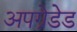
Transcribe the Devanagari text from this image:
अपग्रेडेड